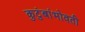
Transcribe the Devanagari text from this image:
कुटुंबांभोवती